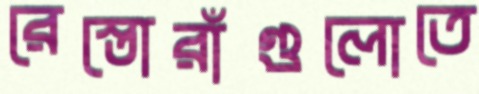
রেস্তোরাঁগুলোতে